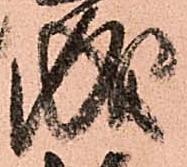
成